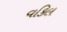
વકિલ